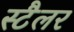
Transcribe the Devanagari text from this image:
स्टैलर